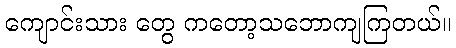
ကျောင်းသား တွေ ကတော့သဘောကျကြတယ်။